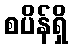
စပိန်ရှိ